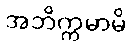
အဘိက္ကမာမိ